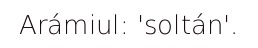
Arámiul: 'soltán'.